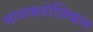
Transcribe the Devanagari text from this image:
सायक्लोजिकल